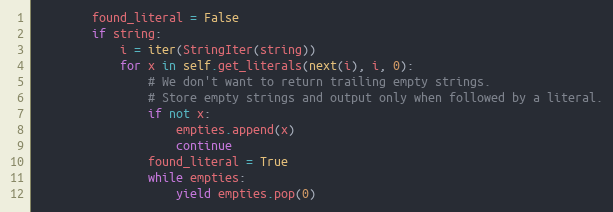
Language: Python
        found_literal = False
        if string:
            i = iter(StringIter(string))
            for x in self.get_literals(next(i), i, 0):
                # We don't want to return trailing empty strings.
                # Store empty strings and output only when followed by a literal.
                if not x:
                    empties.append(x)
                    continue
                found_literal = True
                while empties:
                    yield empties.pop(0)